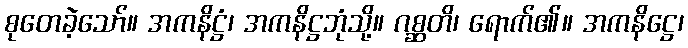
စုတေခဲ့သော်။ အကနိဋ္ဌံ၊ အကနိဋ္ဌဘုံသို့။ ဂစ္ဆတိ၊ ရောက်၏။ အကနိဋ္ဌေ၊